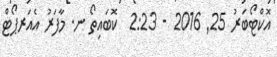
އޮކްޓޯބަރު 25